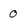
Character: 0